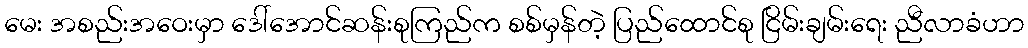
မေး အစည်းအဝေးမှာ ဒေါ်အောင်ဆန်းစုကြည်က စစ်မှန်တဲ့ ပြည်ထောင်စု ငြိမ်းချမ်းရေး ညီလာခံဟာ